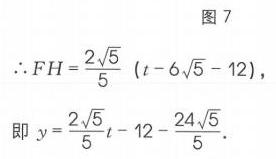
图7
\(\therefore FH=\frac{2\sqrt{5}}{5}(t - 6\sqrt{5}-12)\)，
即\(y=\frac{2\sqrt{5}}{5}t-12-\frac{24\sqrt{5}}{5}\).